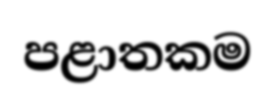
පළාතකම